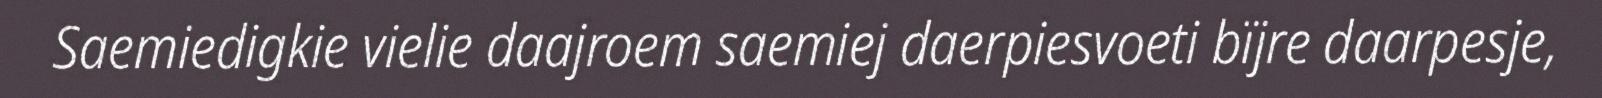
Saemiedigkie vielie daajroem saemiej daerpiesvoeti bïjre daarpesje,